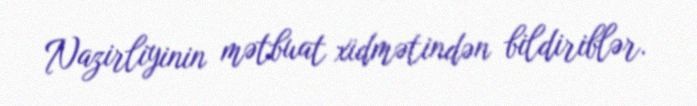
Nazirliyinin mətbuat xidmətindən bildiriblər.